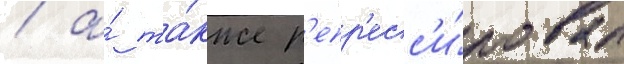
/ а́ та́кже р'епр'есс'и́ровал